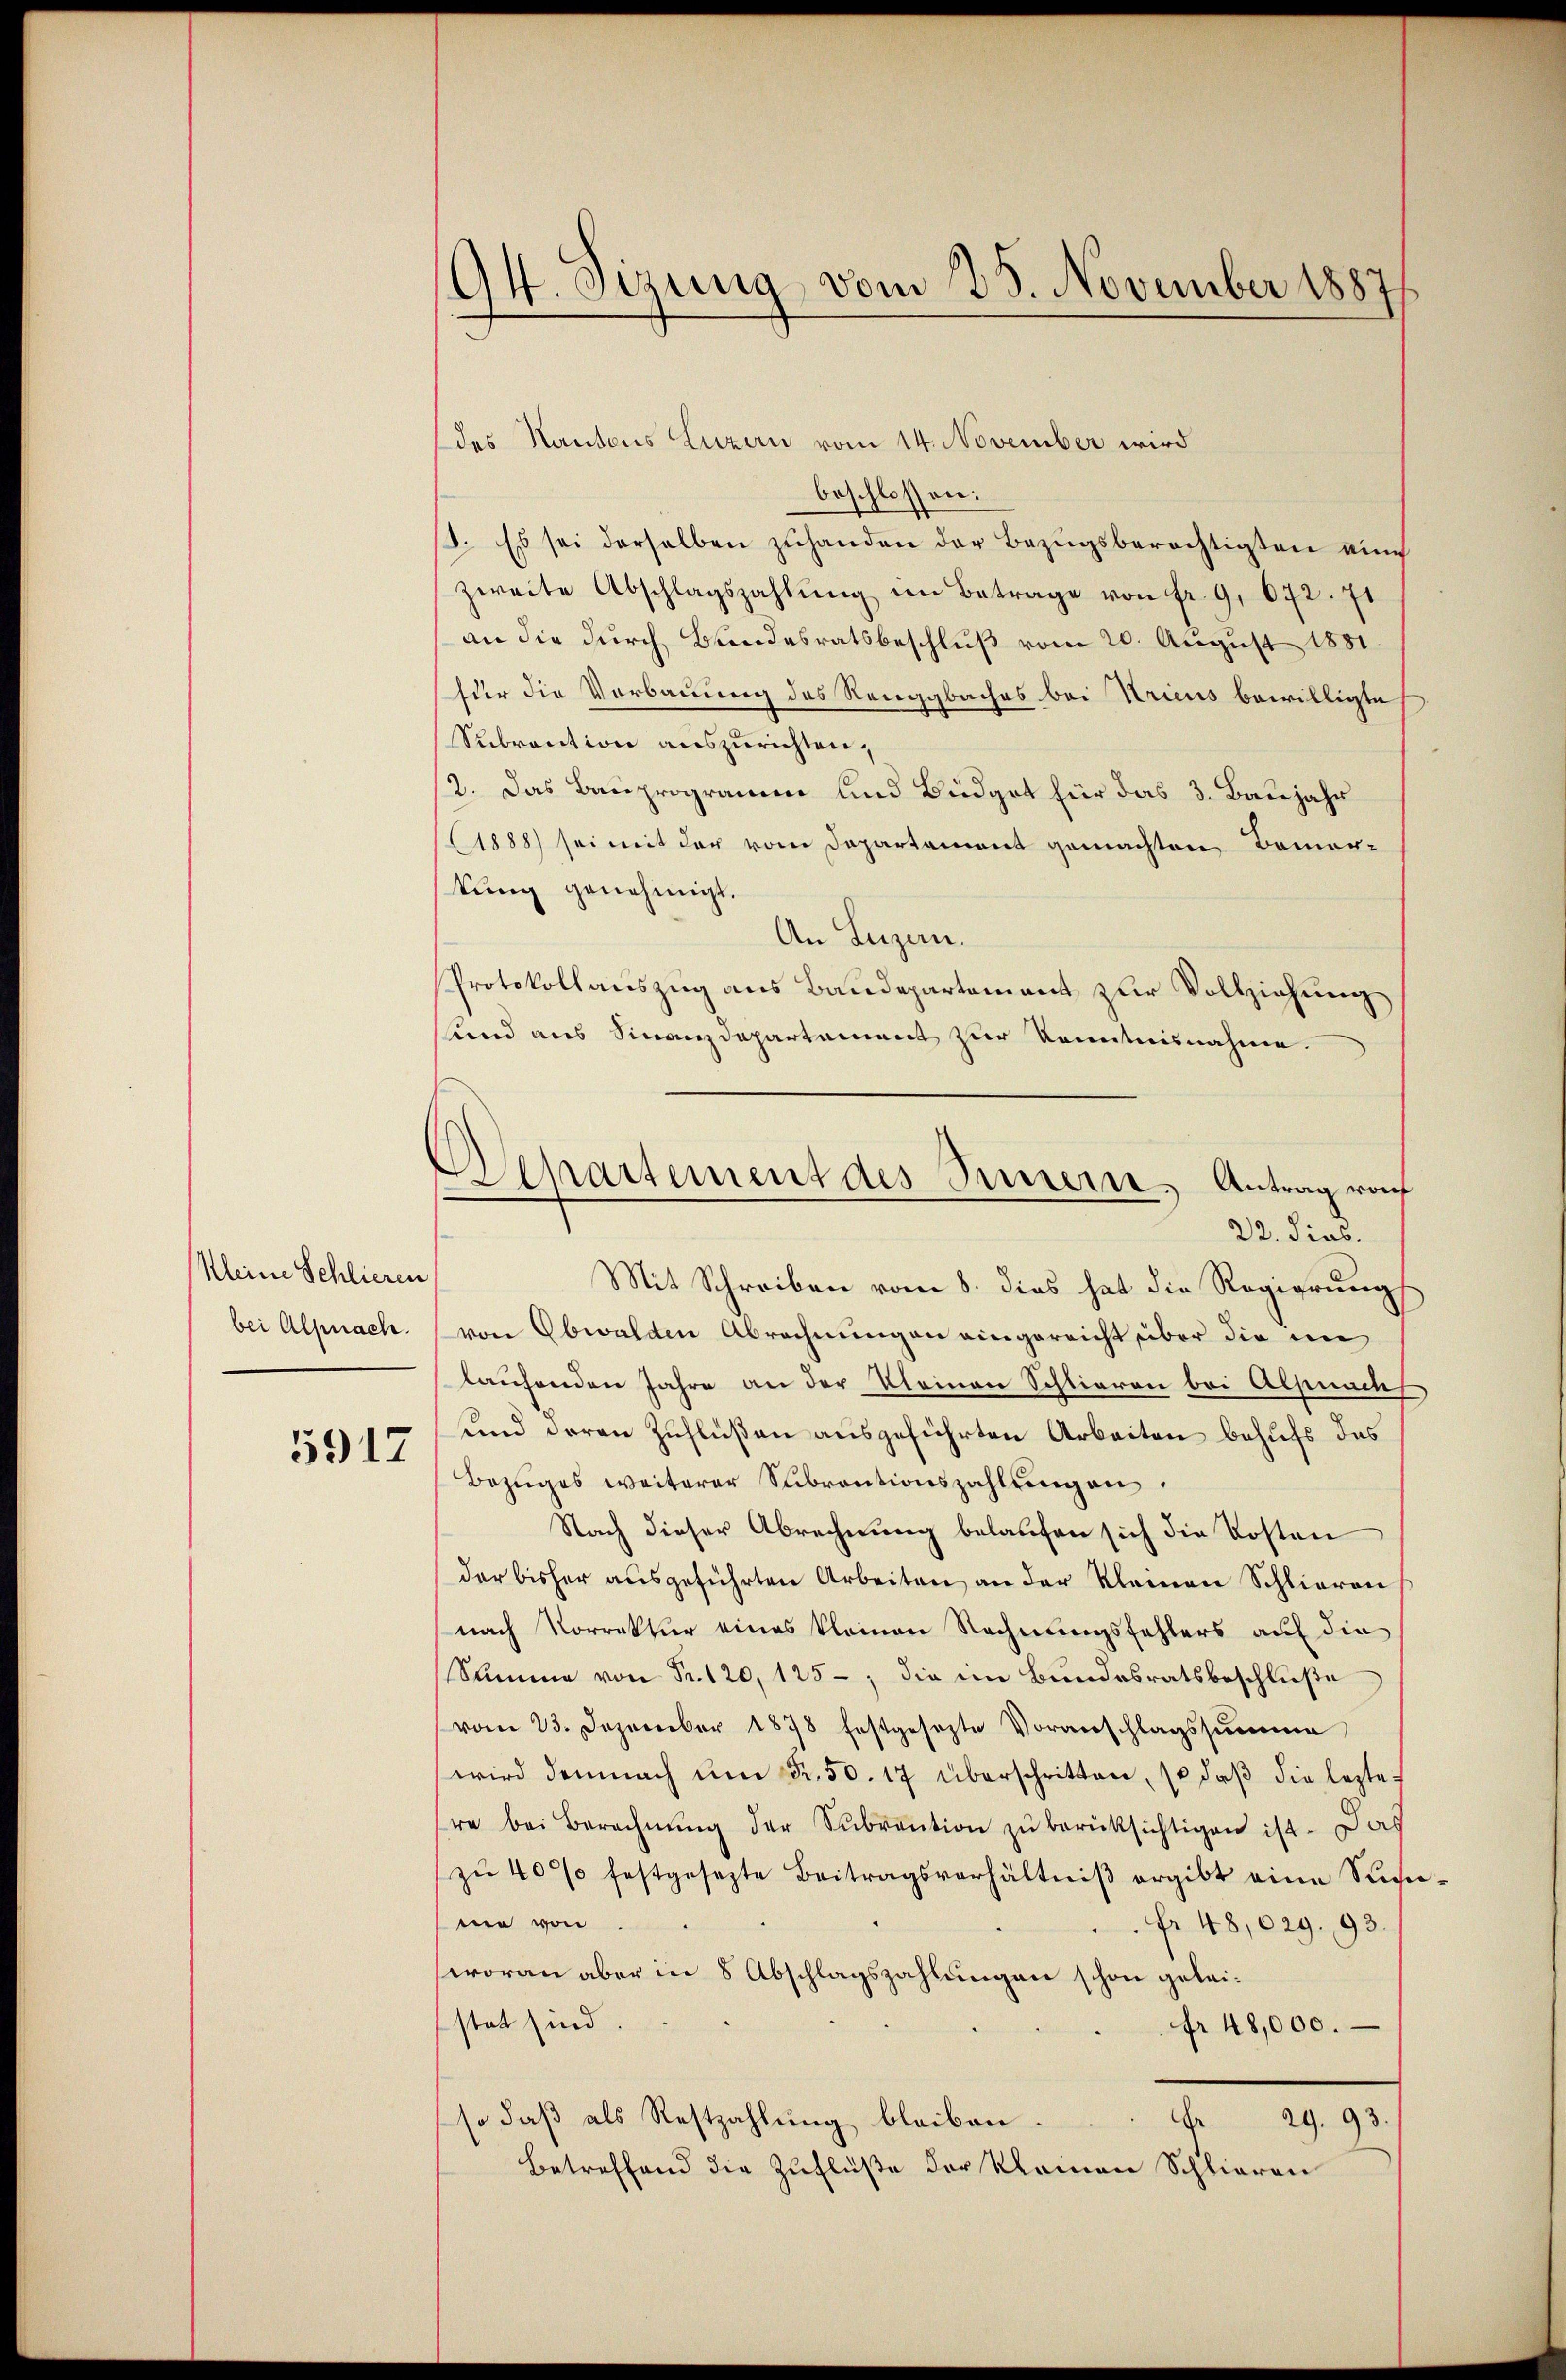
Kleine Schlieren
bei Alpnach.

5917

94. Sizung vom 25. November 1887

des Kantons Luzern vom 14. November wird
beschlossen:
8. Es sei derselben zuhanden der Bezugsberechtigten ein
zweite Abschlagszahlŭng im Betrage von fr. 9. 672. 71
an die durch Bundesratsbeschluß vom 20. August 1881
Eder die Vorbauung des Renggbaches bei Kricus bewilligte
Sebrantion auszurichten,
12. Das Bauprogramm und Büdget für das 3. Baujahr
1888) sei mit der vom Departement gemachten Bemerkung genehmigt.
An Luzern.
Protokollauszug aus Baudepartement zur Vollziehung
und aus Finanzdepartement zur Kenntnisnahme.
Mit Schreiben vom 8. dies hat die Regierung
von Obwalden Abrechnungen eingereicht über die in
laufenden Jahre an der Kleinen Schlieren bei Alpnach
und deren Zuflüßen ausgeführten Arbeiten behufs das
Bezŭges weiterer Subventionszahlŭngen
Nach dieser Abrechnung belaufen sich die Kosten
der bisher aŭsgeführten Arbeiten an der Kleinen Schlieren
nach Vorrektur eines kleinen Rechnungsfehlers auf die
Summe von Fr. 120, 125 -, die im Bundesratsbeschluße
vom 23. Dezember 1878 festgesezte Voranschlagssumme
wird demnach ŭm Fr. 50. 17 überschritten, so daβ die lezte
re bei Berechnŭng der Sŭbvention zŭ berücksichtigen ist. Das
zŭ 40% festgesezte Beitragsverhältniβ ergibt eine Sucme von
Fr 48,029. 93.
woran aber in 8 Abschlagszahlungen schon geleistet sind.
fr 48,000.
Fr. 29. 93.
so daß als Restzahlung bleiben
Betreffend die Zuflüße der Kleinen Schlieren

Departement des Sinnern, Antrag vo
22. dies.